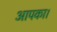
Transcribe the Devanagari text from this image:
आपका।